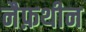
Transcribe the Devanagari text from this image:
नैफ़थीन